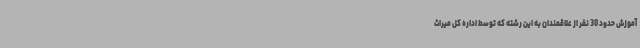
آموزش حدود 30 نفر از علاقمندان به این رشته که توسط اداره کل میراث